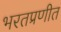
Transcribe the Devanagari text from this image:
भरतप्रणीत